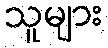
သူများ